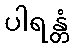
ပါရန္တံ